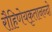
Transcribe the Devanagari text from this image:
रौहिणेयकृतानन्दो